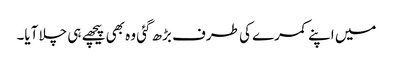
میں اپنے کمرے کی طرف بڑھ گئی وہ بھی پیچھے ہی چلا آیا۔